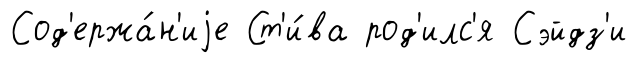
Сод'ержа́н'иjе Ст'и́ва род'илс'я Сэйдз'и